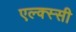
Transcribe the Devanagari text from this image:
एल्क्स्सी